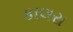
કાલરા